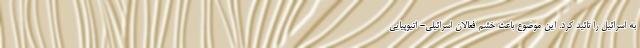
به اسرائیل را تائید کرد. این موضوع باعث خشم فعالان اسرائیلی- اتیوپیایی